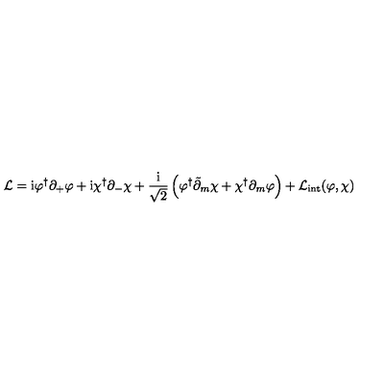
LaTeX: { \cal L } = \mathrm { i } \varphi ^ { \dagger } \partial _ { + } \varphi + \mathrm { i } \chi ^ { \dagger } \partial _ { - } \chi + \frac { \mathrm { i } } { \sqrt { 2 } } \left( \varphi ^ { \dagger } \tilde { \partial } _ { m } \chi + \chi ^ { \dagger } \partial _ { m } \varphi \right) + { \cal L } _ { \mathrm { i n t } } ( \varphi , \chi )